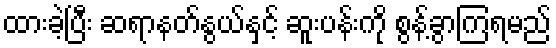
ထားခဲ့ပြီး ဆရာနတ်နွယ်နှင့် ဆူးပန်းကို စွန့်ခွာကြရမည်